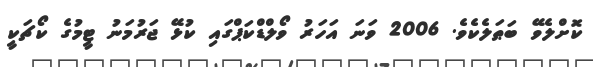
ކޮށްލެވޭ ބަޠަލެކެވެ. 2006 ވަނަ އަހަރު ވޯލްޑްކަޕްގައި ކުޅޭ ޖަރުމަނު ޓީމުގެ ކޯޗަކީ